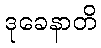
ဒုခေနာတိ